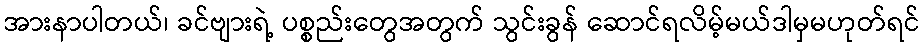
အားနာပါတယ်၊ ခင်ဗျားရဲ့ ပစ္စည်းတွေအတွက် သွင်းခွန် ဆောင်ရလိမ့်မယ်ဒါမှမဟုတ်ရင်